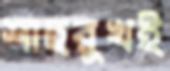
শাহরুখই